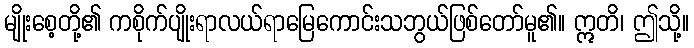
မျိုးစေ့တို့၏ ကစိုက်ပျိုးရာလယ်ရာမြေကောင်းသဘွယ်ဖြစ်တော်မူ၏။ ဣတိ၊ ဤသို့။